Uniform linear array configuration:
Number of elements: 4
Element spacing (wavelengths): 0.75
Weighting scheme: kaiser
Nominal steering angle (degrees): -30
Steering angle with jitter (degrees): -31.199
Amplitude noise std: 0.05
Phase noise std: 0.05

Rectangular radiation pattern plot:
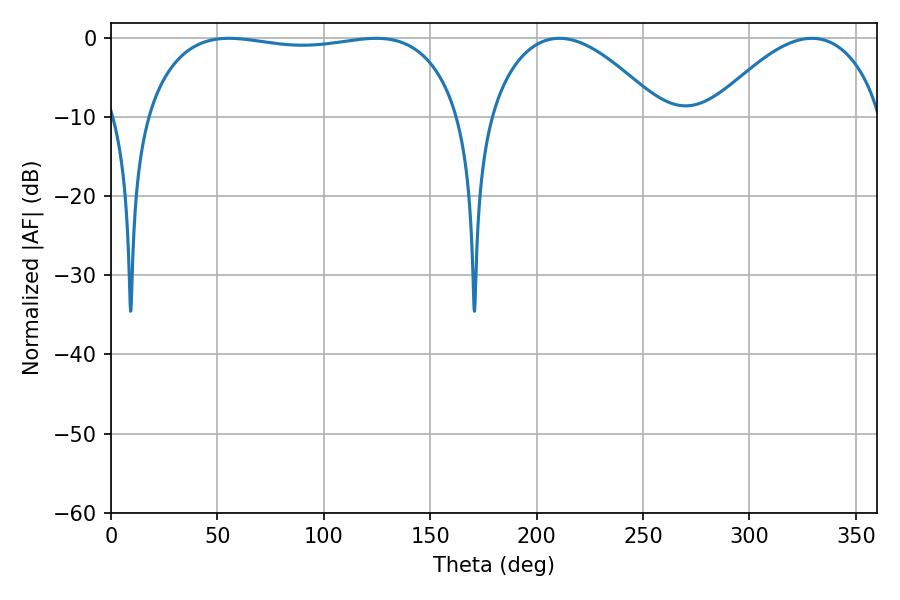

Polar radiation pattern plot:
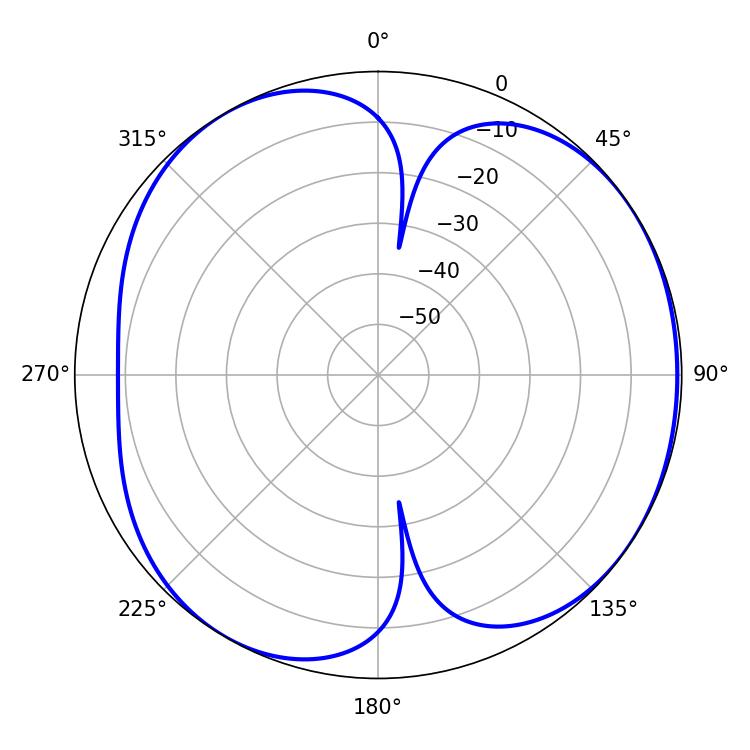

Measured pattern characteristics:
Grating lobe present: TRUE
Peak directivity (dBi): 5.091
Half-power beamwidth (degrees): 118.8
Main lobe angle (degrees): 55.44